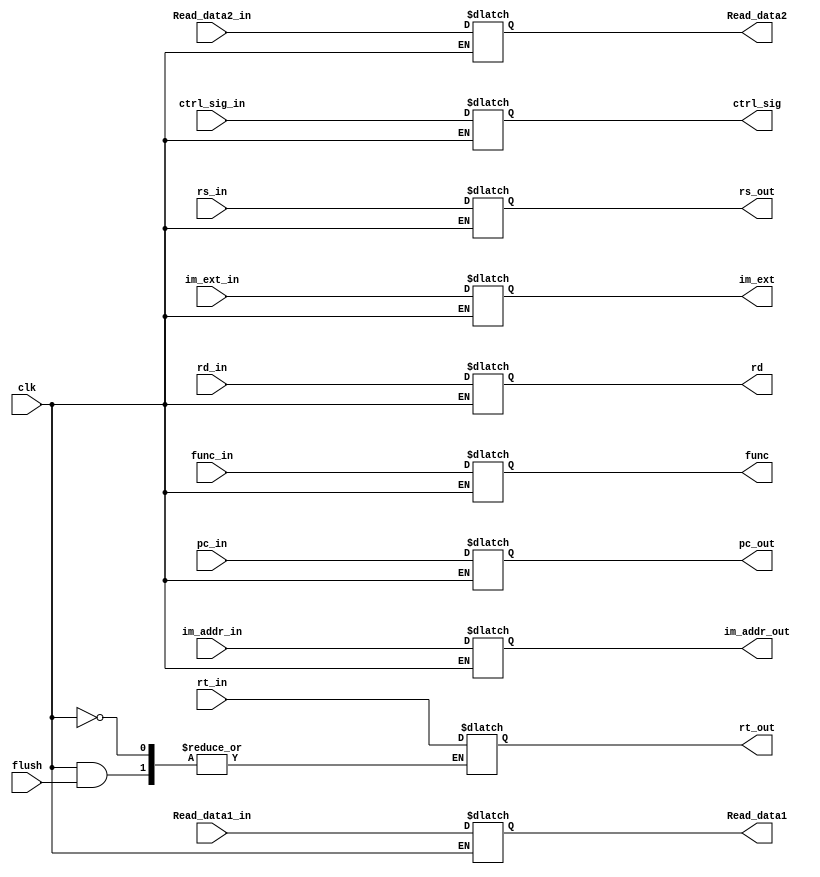
`timescale 1ns / 1ps
//////////////////////////////////////////////////////////////////////////////////
// Company: 
// Engineer: 
// 
// Design Name: 
// Module Name:    ID_IE 
// Project Name: 
// Target Devices: 
// Tool versions: 
// Description: 
//
// Dependencies: 
//
// Revision: 
// Revision 0.01 - File Created
// Additional Comments: 
//
//////////////////////////////////////////////////////////////////////////////////
module ID_IE(flush,pc_in,clk,Read_data1_in,Read_data2_in,im_ext_in,im_addr_in,func_in,ctrl_sig_in,rd_in,rs_in,rt_in,rs_out,rt_out,ctrl_sig,Read_data1,Read_data2,im_ext,im_addr_out,func,rd,pc_out);
input clk,flush;
input [4:0] rd_in,rs_in,rt_in;
input [8:0] ctrl_sig_in;
input [31:0] Read_data1_in,Read_data2_in,im_ext_in,pc_in,im_addr_in;
input [5:0] func_in;
output reg[31:0] Read_data1,Read_data2,im_ext,pc_out,im_addr_out;
output reg[5:0] func;
output reg[8:0] ctrl_sig;
output reg[4:0] rd,rs_out,rt_out;

always@(clk)
begin
	if(clk)
	begin 
		if(flush)  // if branch is taken then data will be flushed out from the latch
		begin
			Read_data1 <= 32'bx;
			Read_data2 <= 32'bx;
			im_ext <= 32'bx;
			func <= 6'bx;
			ctrl_sig <= 9'bx;
			rd <= 5'bx;
			pc_out <= 32'bx;
			im_addr_out <= 32'bx;
			rs_out <= 5'bx;
			rs_out <= 5'bx;
		end
		else
		begin
			Read_data1 <= Read_data1_in;
			Read_data2 <= Read_data2_in;
			im_ext <= im_ext_in;
			func <= func_in;
			ctrl_sig <= ctrl_sig_in;
			rd <= rd_in;
			pc_out <= pc_in;
			im_addr_out <= im_addr_in;
			rs_out <= rs_in;
			rt_out <= rt_in;
		end
	end
end


endmodule